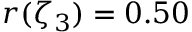
r ( \zeta _ { 3 } ) = 0 . 5 0